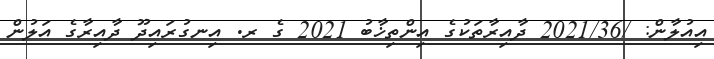
އިއުލާން: /2021/36 ދާއިރާތަކުގެ އިންތިޚާބު 2021 ގެ ރ. އިނގުރައިދޫ ދާއިރާގެ އަލުން